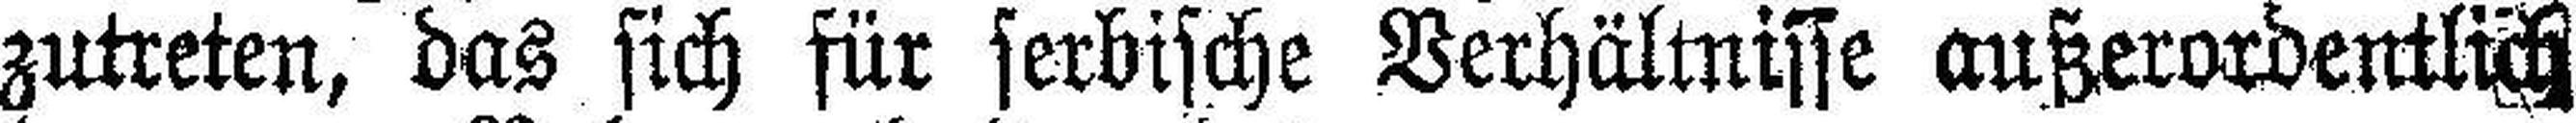
zutreten, das sich für serbische Verhältnisse außerordentlich